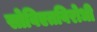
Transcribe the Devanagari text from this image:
सोविएतविरोधी